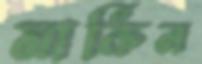
মার্কিন